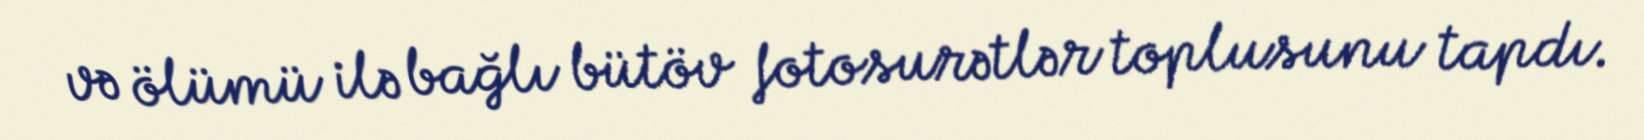
və ölümü ilə bağlı bütöv fotosurətlər toplusunu tapdı.